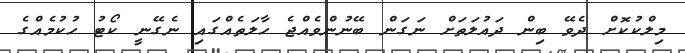
މިލްކުކޮށް ދެވޭ ބިން ދައުލަތަށް ނަގަން ބޭނުންވެއްޖެ ހާލަތެއްގައި ނެގޭނީ ކޯޓު ހުކުމެއްގެ